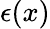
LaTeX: \epsilon(x)